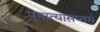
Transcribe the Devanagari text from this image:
पुनात्यासप्तमं